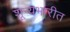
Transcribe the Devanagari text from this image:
शून्यभारीत